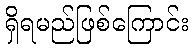
ရှိရမည်ဖြစ်ကြောင်း